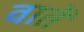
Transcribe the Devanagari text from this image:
वातें